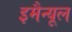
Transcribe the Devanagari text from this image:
इमैन्यूल